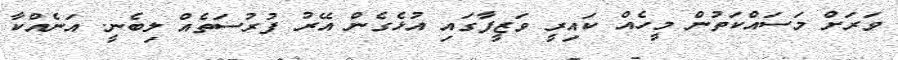
ވަރަށް މަސައްކަތުން މީހެއް ކައިރީ ވަޒީފާގައި އުޅެގެން އޭރު ފުރުސަތެއް ލިބެނީ. އަނެއްކާ